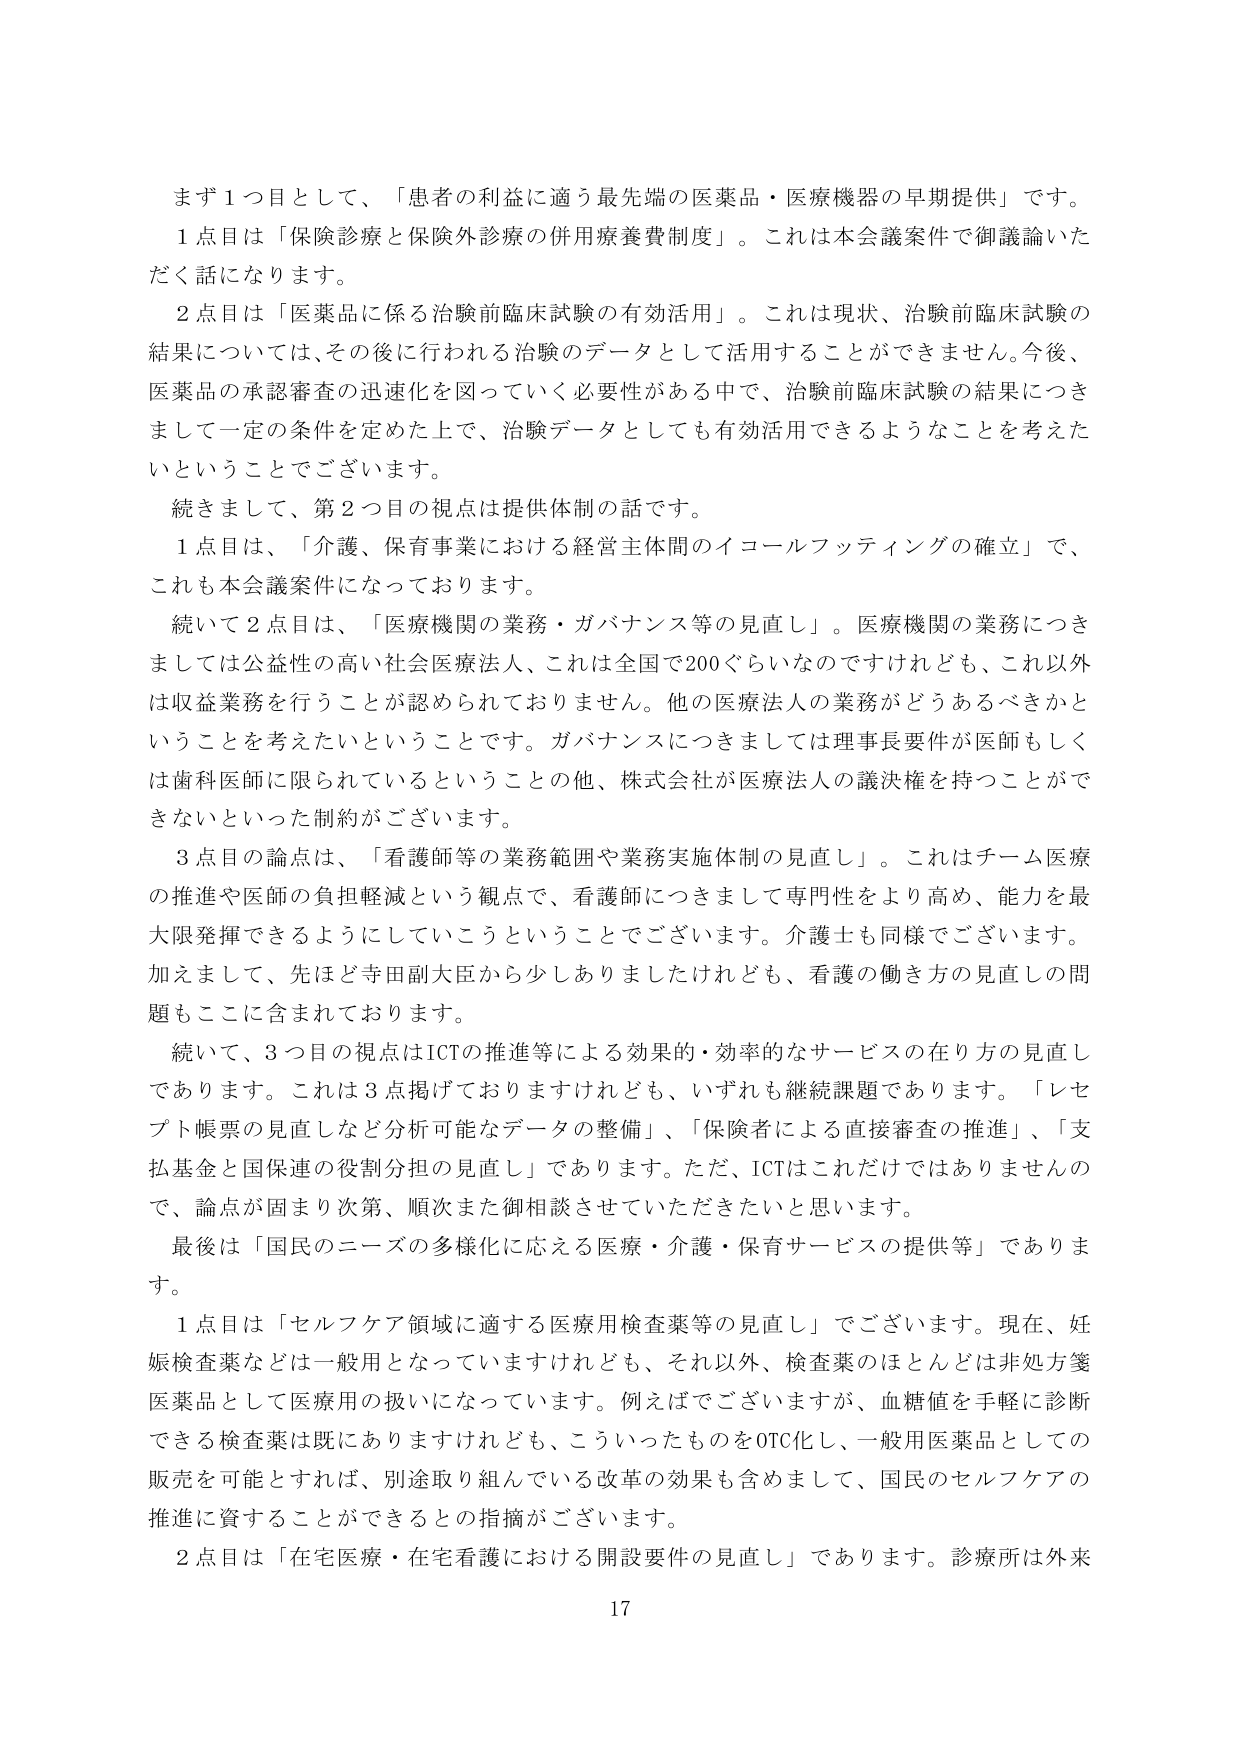
まず１つ目として、「患者の利益に適う最先端の医薬品・医療機器の早期提供」です。
１点目は「保険診療と保険外診療の併用療養費制度」。これは本会議案件で御議論いただく話になります。
２点目は「医薬品に係る治験前臨床試験の有効活用」。これは現状、治験前臨床試験の結果については、その後に行われる治験のデータとして活用することができません。今後、医薬品の承認審査の迅速化を図っていく必要性がある中で、治験前臨床試験の結果につきまして一定の条件を定めた上で、治験データとしても有効活用できるようなことを考えたいということでございます。
続きまして、第２つ目の視点は提供体制の話です。
１点目は、「介護・保育事業における経営主体間のイコールフッティングの確立」で、これも本会議案件になっております。
続いて２点目は、「医療機関の業務・ガバナンス等の見直し」。医療機関の業務につきましては公益性の高い社会医療法人、これは全国で200ぐらいなのですが、これ以外は収益業務を行うことが認められておりません。他の医療法人の業務がどうあるべきかということを考えたいということです。ガバナンスにつきましては理事長要件が医師もしくは歯科医師に限られているということの他、株式会社が医療法人の議決権を持つことができないといった制約がございます。
３点目の論点は、「看護師等の業務範囲や業務実施体制の見直し」。これはチーム医療の推進や医師の負担軽減という観点で、看護師につきまして専門性をより高め、能力を最大限発揮できるようにしていこうということでございます。介護士も同様でございます。加えまして、先ほど寺田副大臣から少しありましたけれども、看護の働き方の見直しの問題もここに含まれております。
続いて、３つ目の視点はICTの推進等による効果的・効率的なサービスの在り方の見直しであります。これは３点掲げておりますけれども、いずれも継続課題であります。「レセプト帳票の見直しなど分析可能なデータの整備」、「保険者による直接審査の推進」、「支払基金と国保連の役割分担の見直し」であります。ただ、ICTはこれだけではありませんので、論点が固まり次第、順次また御相談させていただきたいと思います。
最後は「国民のニーズの多様化に応える医療・介護・保育サービスの提供等」であります。
１点目は「セルフケア領域に適する医療用検査薬等の見直し」でございます。現在、妊娠検査薬などは一般用となっていますけれども、それ以外、検査薬のほとんどは非処方箋医薬品として医療用の扱いになっています。例えばございますが、血糖値を手軽に診断できる検査薬は既にありますけれども、こういったものをOTC化し、一般用医薬品としての販売を可能とすれば、別途取り組んでいる改革の効果も含めまして、国民のセルフケアの推進に資することができるとの指摘がございます。
２点目は「在宅医療・在宅看護における開設要件の見直し」であります。診療所は外来
17